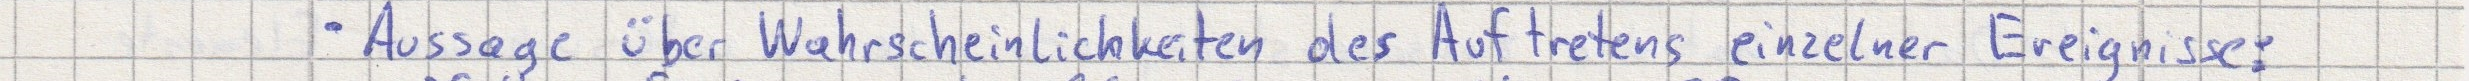
- Aussage über Wahrscheinlichkeiten des Auftretens einzelner Ereignisse: